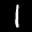
Label: 1